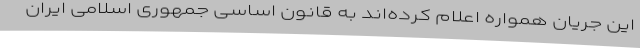
این جریان همواره اعلام کرده‌اند به قانون اساسی جمهوری اسلامی ایران